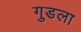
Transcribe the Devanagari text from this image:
गुडला